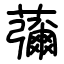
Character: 䕳